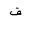
Letter: _qaf